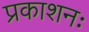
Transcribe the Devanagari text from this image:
प्रकाशनः